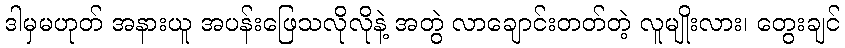
ဒါမှမဟုတ် အနားယူ အပန်းဖြေသလိုလိုနဲ့ အတွဲ လာချောင်းတတ်တဲ့ လူမျိုးလား၊ တွေးချင်